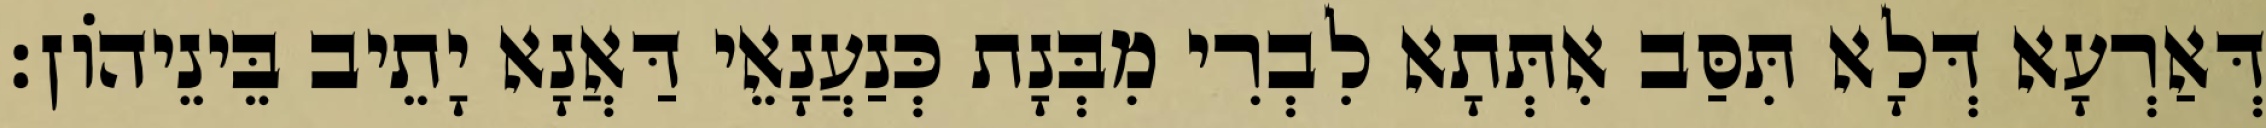
דְּאַרְעָא דְּלָא תִּסַּב אִתְּתָא לִבְרִי מִבְּנָת כְּנַעֲנָאֵי דַּאֲנָא יָתֵיב בֵּינֵיהוֹן׃